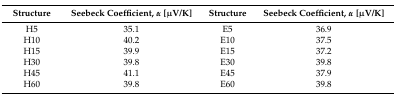
<table><thead><tr><td><b>Structure</b></td><td><b>Seebeck Coefficient, <i>α</i> [μV/K]</b></td><td><b>Structure</b></td><td><b>Seebeck Coefficient, <i>α</i> [μV/K]</b></td></tr></thead><tbody><tr><td>H5</td><td>35.1</td><td>E5</td><td>36.9</td></tr><tr><td>H10</td><td>40.2</td><td>E10</td><td>37.5</td></tr><tr><td>H15</td><td>39.9</td><td>E15</td><td>37.2</td></tr><tr><td>H30</td><td>39.8</td><td>E30</td><td>39.8</td></tr><tr><td>H45</td><td>41.1</td><td>E45</td><td>37.9</td></tr><tr><td>H60</td><td>39.8</td><td>E60</td><td>39.8</td></tr></tbody></table>